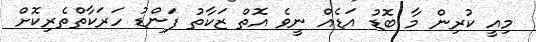
މިއީ ކުރިން މާ ބޮޑު އަޑެއް ނީވެ އޮތް ޒަކާތު ފަންޑު ހަރަކާތްތެރިކޮށް